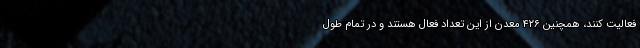
فعالیت کنند، همچنین ۴۲۶ معدن از این تعداد فعال هستند و در تمام طول